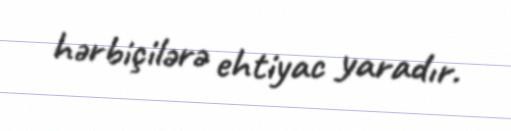
hərbiçilərə ehtiyac yaradır.